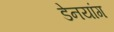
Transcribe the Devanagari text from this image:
डेनयांग